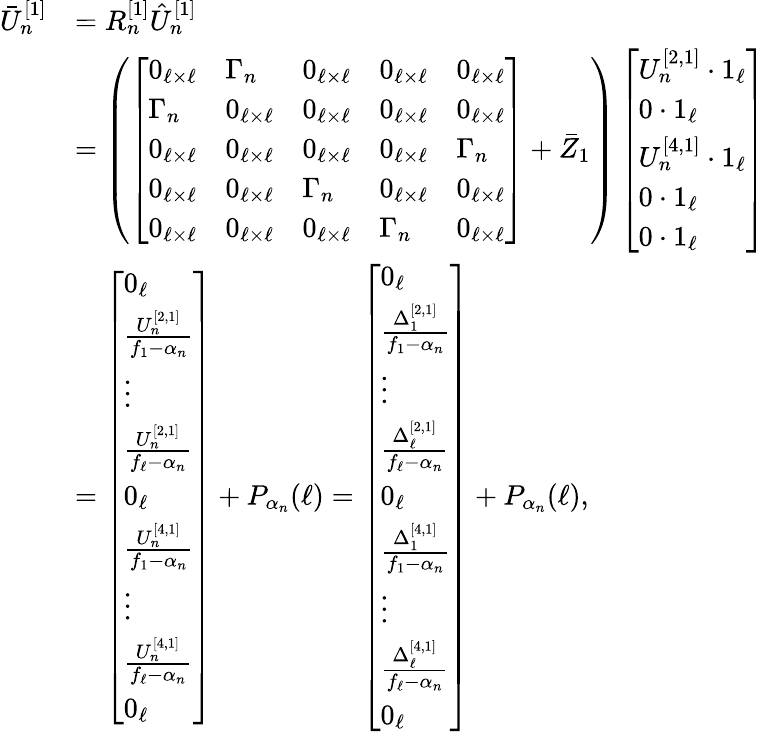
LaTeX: \begin{array}{rl}{\bar{U}_{n}^{[1]}}&{=R_{n}^{[1]}\hat{U}_{n}^{[1]}}\\ &{=\left(\left[\begin{array}{lllll}{0_{\ell\times\ell}}&{\Gamma_{n}}&{0_{\ell\times\ell}}&{0_{\ell\times\ell}}&{0_{\ell\times\ell}}\\ {\Gamma_{n}}&{0_{\ell\times\ell}}&{0_{\ell\times\ell}}&{0_{\ell\times\ell}}&{0_{\ell\times\ell}}\\ {0_{\ell\times\ell}}&{0_{\ell\times\ell}}&{0_{\ell\times\ell}}&{0_{\ell\times\ell}}&{\Gamma_{n}}\\ {0_{\ell\times\ell}}&{0_{\ell\times\ell}}&{\Gamma_{n}}&{0_{\ell\times\ell}}&{0_{\ell\times\ell}}\\ {0_{\ell\times\ell}}&{0_{\ell\times\ell}}&{0_{\ell\times\ell}}&{\Gamma_{n}}&{0_{\ell\times\ell}}\end{array}\right]+\bar{Z}_{1}\right)\left[\begin{array}{l}{U_{n}^{[2,1]}\cdot 1_{\ell}}\\ {0\cdot 1_{\ell}}\\ {U_{n}^{[4,1]}\cdot 1_{\ell}}\\ {0\cdot 1_{\ell}}\\ {0\cdot 1_{\ell}}\end{array}\right]}\\ &{=\left[\begin{array}{l}{0_{\ell}}\\ {\frac{U_{n}^{[2,1]}}{f_{1}-\alpha_{n}}}\\ {\vdots}\\ {\frac{U_{n}^{[2,1]}}{f_{\ell}-\alpha_{n}}}\\ {0_{\ell}}\\ {\frac{U_{n}^{[4,1]}}{f_{1}-\alpha_{n}}}\\ {\vdots}\\ {\frac{U_{n}^{[4,1]}}{f_{\ell}-\alpha_{n}}}\\ {0_{\ell}}\end{array}\right]+P_{\alpha_{n}}(\ell)=\left[\begin{array}{l}{0_{\ell}}\\ {\frac{\Delta_{1}^{[2,1]}}{f_{1}-\alpha_{n}}}\\ {\vdots}\\ {\frac{\Delta_{\ell}^{[2,1]}}{f_{\ell}-\alpha_{n}}}\\ {0_{\ell}}\\ {\frac{\Delta_{1}^{[4,1]}}{f_{1}-\alpha_{n}}}\\ {\vdots}\\ {\frac{\Delta_{\ell}^{[4,1]}}{f_{\ell}-\alpha_{n}}}\\ {0_{\ell}}\end{array}\right]+P_{\alpha_{n}}(\ell),}\end{array}